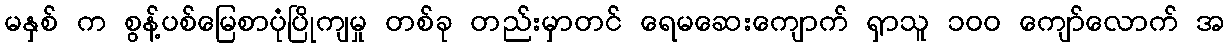
မနှစ် က စွန့်ပစ်မြေစာပုံပြိုကျမှု တစ်ခု တည်းမှာတင် ရေမဆေးကျောက် ရှာသူ ၁၀၀ ကျော်လောက် အ